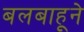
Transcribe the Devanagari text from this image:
बलबाहूने